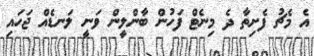
އެ މެޗު ފެށިތާ ދެ މިނެޓް ފަހުން ބާންލީން ވަނީ ލަނޑެއް ޖަހައި